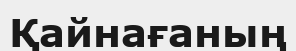
Қайнағаның